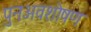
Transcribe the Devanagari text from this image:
पुनःअवशोषण